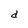
Character: d